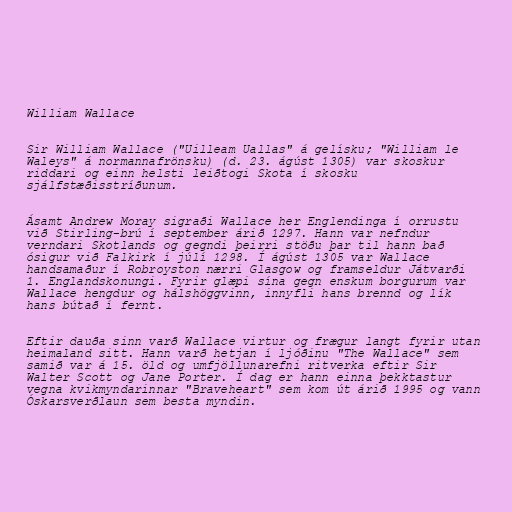
William Wallace

Sir William Wallace ("Uilleam Uallas" á gelísku; "William le
Waleys" á normannafrönsku) (d. 23. ágúst 1305) var skoskur
riddari og einn helsti leiðtogi Skota í skosku
sjálfstæðisstríðunum.

Ásamt Andrew Moray sigraði Wallace her Englendinga í orrustu
við Stirling-brú í september árið 1297. Hann var nefndur
verndari Skotlands og gegndi þeirri stöðu þar til hann bað
ósigur við Falkirk í júlí 1298. Í ágúst 1305 var Wallace
handsamaður í Robroyston nærri Glasgow og framseldur Játvarði
1. Englandskonungi. Fyrir glæpi sína gegn enskum borgurum var
Wallace hengdur og hálshöggvinn, innyfli hans brennd og lík
hans bútað í fernt.

Eftir dauða sinn varð Wallace virtur og frægur langt fyrir utan
heimaland sitt. Hann varð hetjan í ljóðinu "The Wallace" sem
samið var á 15. öld og umfjöllunarefni ritverka eftir Sir
Walter Scott og Jane Porter. Í dag er hann einna þekktastur
vegna kvikmyndarinnar "Braveheart" sem kom út árið 1995 og vann
Óskarsverðlaun sem besta myndin.